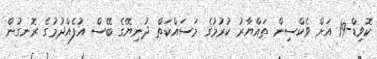
ކޮވިޑް-19 އަށް ވެކްސިން ތައްޔާރު ކުރުމުގެ މަސައްކަތް ދުނިޔޭގެ ބޭސް އުފެއްދުމުގެ ރޮނގުން